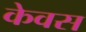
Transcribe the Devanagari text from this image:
केवस